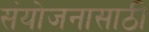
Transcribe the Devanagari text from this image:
संयोजनासाठी